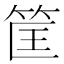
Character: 筐